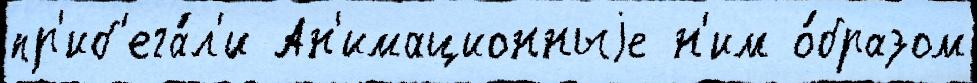
пр'иб'ега́л'и Ан'имационныjе н'им о́бразом